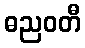
ဓညဝတီ